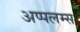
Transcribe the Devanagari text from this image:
अप्पलम्स